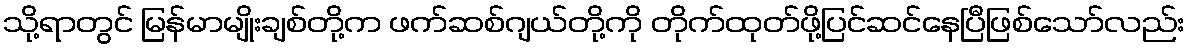
သို့ရာတွင် မြန်မာမျိုးချစ်တို့က ဖက်ဆစ်ဂျယ်တို့ကို တိုက်ထုတ်ဖို့ပြင်ဆင်နေပြီဖြစ်သော်လည်း